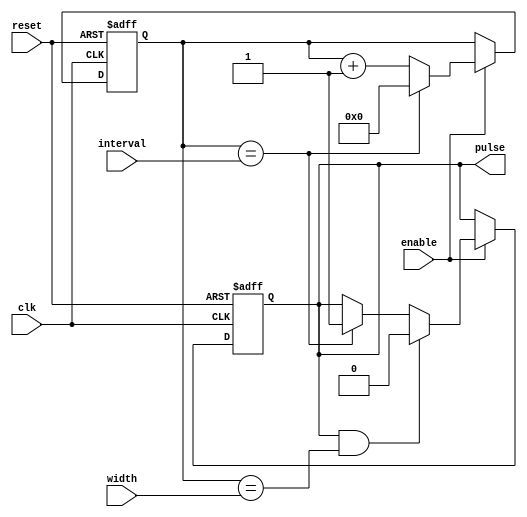
module sync_pulse_generator (
    input clk,
    input reset,
    input enable,
    input [7:0] interval,
    input [7:0] width,
    output reg pulse
);

reg [15:0] counter;

always @(posedge clk or posedge reset) begin
    if (reset) begin
        counter <= 16'd0;
        pulse <= 1'b0;
    end else if (enable) begin
        counter <= counter + 1;
        
        if (counter == interval) begin
            counter <= 16'd0;
            pulse <= 1'b1;
        end
        
        if (pulse && (counter == width)) begin
            pulse <= 1'b0;
        end
    end
end

endmodule